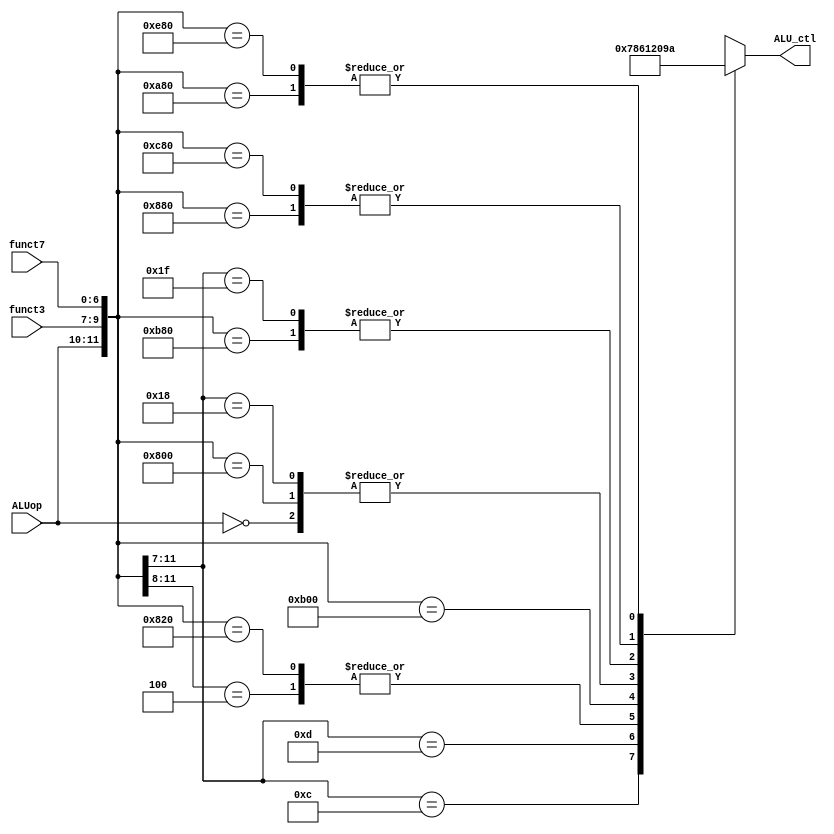
`timescale 1ns / 1ps
module ALU_control(
    input [1:0] ALUop,
    input [6:0] funct7,
    input [2:0] funct3,
    output reg [3:0] ALU_ctl
    );
    
    // ALU_ctl : OPERATION
    // 4'b0000 : and  ==> ReadData1 & ReadData2
    // 4'b0001 : or   ==> ReadData1 | ReadData2
    // 4'b0010 : add  ==> ReadData1 + ReadData2 (Immediate_in)
    // 4'b0110 : sub  ==> ReadData1 - ReadData2
    // 4'b0111 : blt  (branch if less than)
    // 4'b1000 : bge  (branch if greater equal)
    // 4'b1100 : nor  ==> ~(ReadData1 | ReadData2)
    // 4'b1001 : shift left
    // 4'b1010 : shift right
    
    always @(*) begin
        casex ({ALUop, funct3, funct7})
          12'b00_xxx_xxxxxxx    : ALU_ctl = 4'b0010; // lb, lh, lw, sb, sh, sw => ADDITION
          12'b01_00x_xxxxxxx    : ALU_ctl = 4'b0110; // beq, bne               => SUBTRACT
          12'b01_100_xxxxxxx    : ALU_ctl = 4'b0111; // blt                    => BLT (Branch if Less Than)
          12'b01_101_xxxxxxx    : ALU_ctl = 4'b1000; // bge                    => BGE (Branch if Greater Equal)
          12'b10_000_0000000    : ALU_ctl = 4'b0010; // add                    => ADDITION
          12'b10_000_0100000    : ALU_ctl = 4'b0110; // sub                    => SUBTRACT
          12'b10_111_0000000    : ALU_ctl = 4'b0000; // and                    => AND
          12'b10_110_0000000    : ALU_ctl = 4'b0001; // or                     => OR
          12'b10_001_0000000    : ALU_ctl = 4'b1001; // sll                    => SHIFT_LEFT
          12'b10_101_0000000    : ALU_ctl = 4'b1010; // srl                    => SHIFT_RIGHT
          12'b11_000_xxxxxxx    : ALU_ctl = 4'b0010; // addi, jalr             => ADDITION
          12'b11_111_xxxxxxx    : ALU_ctl = 4'b0000; // andi                   => AND
          12'b11_001_0000000    : ALU_ctl = 4'b1001; // slli                   => SHIFT_LEFT
          12'b11_101_0000000    : ALU_ctl = 4'b1010; // srli                   => SHIFT_RIGHT
          default               : ALU_ctl = 4'bx;
        endcase
    end
endmodule